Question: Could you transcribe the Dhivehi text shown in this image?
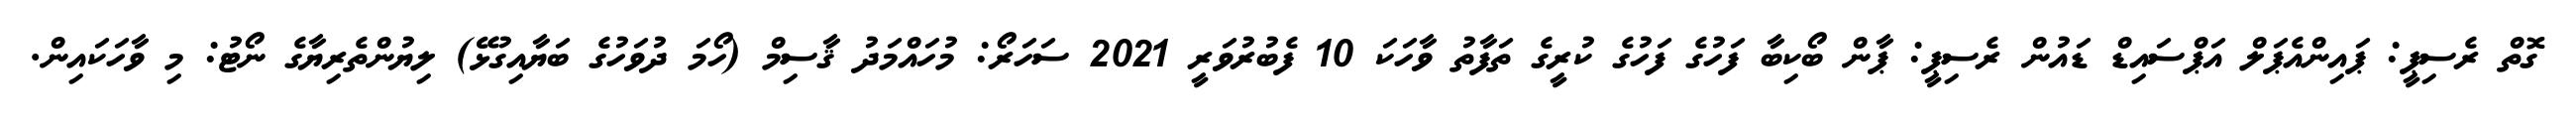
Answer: ގޮތް ރެސިޕީ: ޕައިންއެޕަލް އަޕްސައިޑް ޑައުން ރެސިޕީ: ޕާން ބޯކިބާ ފަހުގެ ފަހުގެ ކުރީގެ ތަފާތު ވާހަކަ 10 ފެބުރުވަރީ 2021 ސަހަރޯ: މުހައްމަދު ޤާސިމް (ހޯމަ ދުވަހުގެ ބަޔާއިގުޅޭ) ލިޔުންތެރިޔާގެ ނޯޓު: މި ވާހަކައިން.